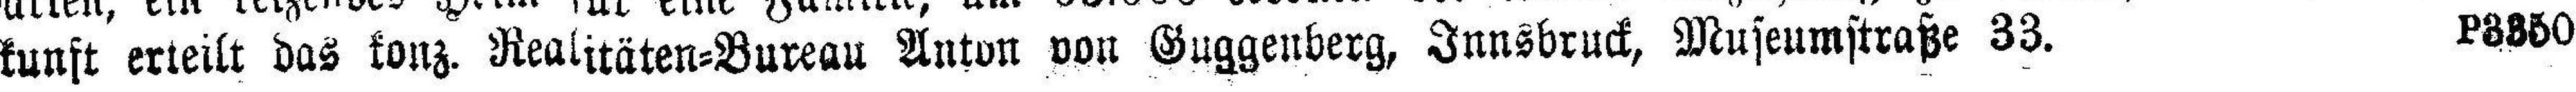
kunft erteilt das konz. Realitäten=Bureau Anton von Guggenberg, Innsbruck, Museumstraße 33. P3350